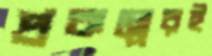
প্রকল্পেরই